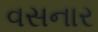
વસનાર